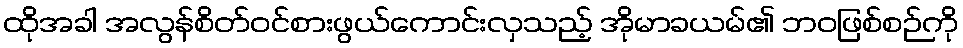
ထိုအခါ အလွန်စိတ်ဝင်စားဖွယ်ကောင်းလှသည့် အိုမာခယမ်၏ ဘဝဖြစ်စဉ်ကို